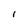
Character: i